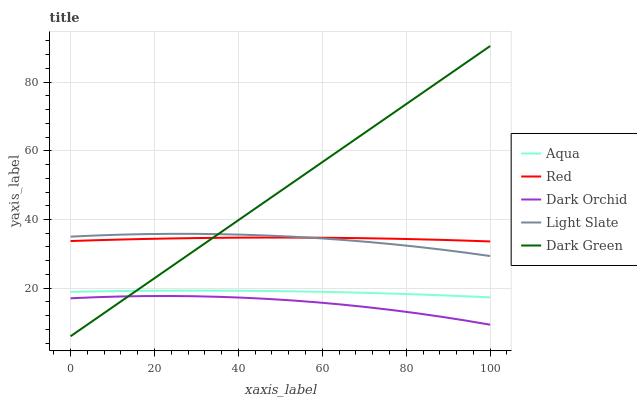
| xaxis_label | Aqua | Red | Dark Orchid | Light Slate | Dark Green |
 | --- | --- | --- | --- | --- | --- |
 | 0 | 18.9 | 33.7 | 17.1 | 35 | 6 |
 | 5.88 | 19.1 | 34 | 17.4 | 35.3 | 11 |
 | 11.8 | 19.2 | 34.2 | 17.6 | 35.6 | 15.9 |
 | 17.6 | 19.2 | 34.3 | 17.7 | 35.7 | 20.9 |
 | 23.5 | 19.3 | 34.5 | 17.7 | 35.8 | 25.9 |
 | 29.4 | 19.3 | 34.6 | 17.7 | 35.8 | 30.9 |
 | 35.3 | 19.3 | 34.7 | 17.5 | 35.7 | 35.8 |
 | 41.2 | 19.2 | 34.7 | 17.2 | 35.6 | 40.8 |
 | 47.1 | 19.2 | 34.7 | 16.9 | 35.3 | 45.8 |
 | 52.9 | 19.1 | 34.7 | 16.4 | 35 | 50.7 |
 | 58.8 | 19 | 34.7 | 15.9 | 34.6 | 55.7 |
 | 64.7 | 18.8 | 34.6 | 15.2 | 34.1 | 60.7 |
 | 70.6 | 18.6 | 34.5 | 14.5 | 33.5 | 65.7 |
 | 76.5 | 18.4 | 34.4 | 13.7 | 32.8 | 70.6 |
 | 82.4 | 18.2 | 34.3 | 12.7 | 32.1 | 75.6 |
 | 88.2 | 17.9 | 34.1 | 11.7 | 31.3 | 80.6 |
 | 94.1 | 17.6 | 33.9 | 10.6 | 30.4 | 85.5 |
 | 100 | 17.3 | 33.6 | 9.36 | 29.4 | 90.5 |